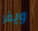
ويفر